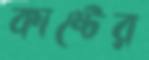
কাষ্টের